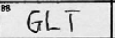
Transcription: GLT